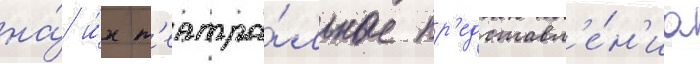
на́ и́х т'еатра́льные пр'едставл'е́н'иа